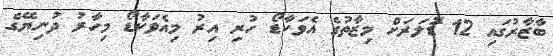
ބާޒާރުގައި 12 ޑޮަލަރަށް މިޒާތުގެ އެވަކާޑޯ ހުރި އިރު މިއެވަކާޑޯ މިހާރު ދުނިޔޭގެ